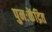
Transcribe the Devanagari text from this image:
पुनःकेंद्रित